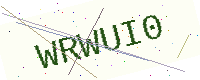
Text: WRWUI0